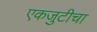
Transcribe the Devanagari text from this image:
एकजुटीचा